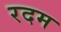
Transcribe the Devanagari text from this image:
रदम